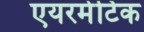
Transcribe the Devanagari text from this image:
एयरमेटिक